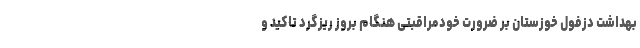
بهداشت دزفول خوزستان بر ضرورت خودمراقبتی هنگام بروز ریزگرد تاکید و